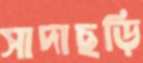
সাদাছড়ি